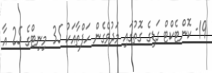
19- ކޮންޓެކްޓް ގަޑިގެ ގޮތުގައި މަދުވެގެން ހަފްތާއަކު 35 މިނިޓްގެ 25 އާ